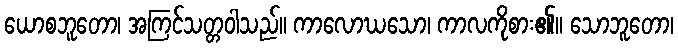
ယောစဘူတော၊ အကြင်သတ္တဝါသည်။ ကာလောဃသော၊ ကာလကိုစား၏။ သောဘူတော၊